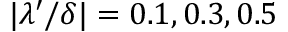
| \lambda ^ { \prime } / \delta | = 0 . 1 , 0 . 3 , 0 . 5